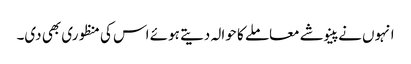
انہوں نے پینوشے معاملے کا حوالہ دیتے ہوئے اس کی منظوری بھی دی۔